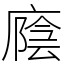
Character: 廕